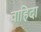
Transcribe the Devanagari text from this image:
वाहिदा